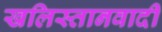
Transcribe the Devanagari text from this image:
खलिस्तानवादी